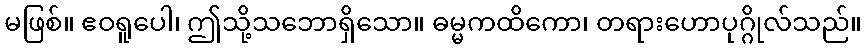
မဖြစ်။ ဧဝရူပေါ၊ ဤသို့သဘောရှိသော။ ဓမ္မကထိကော၊ တရားဟောပုဂ္ဂိုလ်သည်။